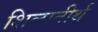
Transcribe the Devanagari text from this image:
शिल्पतीर्थ